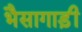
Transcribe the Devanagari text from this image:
भैसागाड़ी